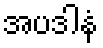
အပဒါနံ